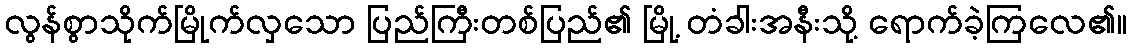
လွန်စွာသိုက်မြိုက်လှသော ပြည်ကြီးတစ်ပြည်၏ မြို့ တံခါးအနီးသို့ ရောက်ခဲ့ကြလေ၏။